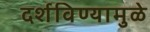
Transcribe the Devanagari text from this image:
दर्शविण्यामुळे